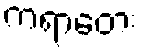
ကရာတေး